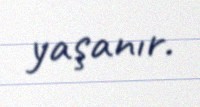
yaşanır.